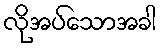
လိုအပ်သောအခါ